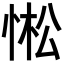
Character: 𢛒